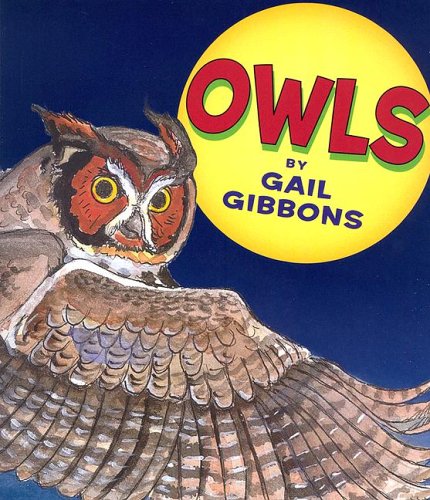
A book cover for Owls; Gail Gibbons; Children's Books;